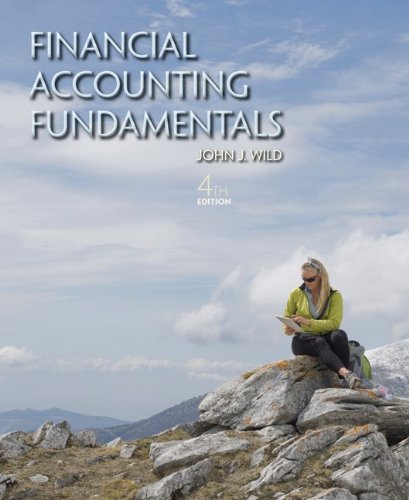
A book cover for Financial Accounting Fundamentals; John Wild; Business & Money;